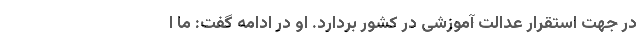
در جهت استقرار عدالت آموزشی در کشور بردارد. او در ادامه گفت: ما ا